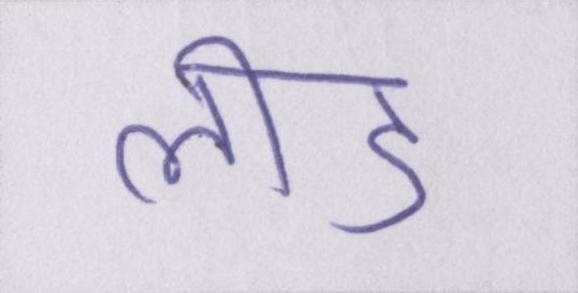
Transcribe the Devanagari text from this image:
लीड